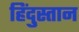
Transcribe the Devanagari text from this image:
हिंदु्स्तान